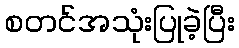
စတင်အသုံးပြုခဲ့ပြီး